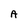
Character: A